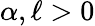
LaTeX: \alpha,\ell>0